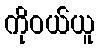
ကိုဝယ်ယူ